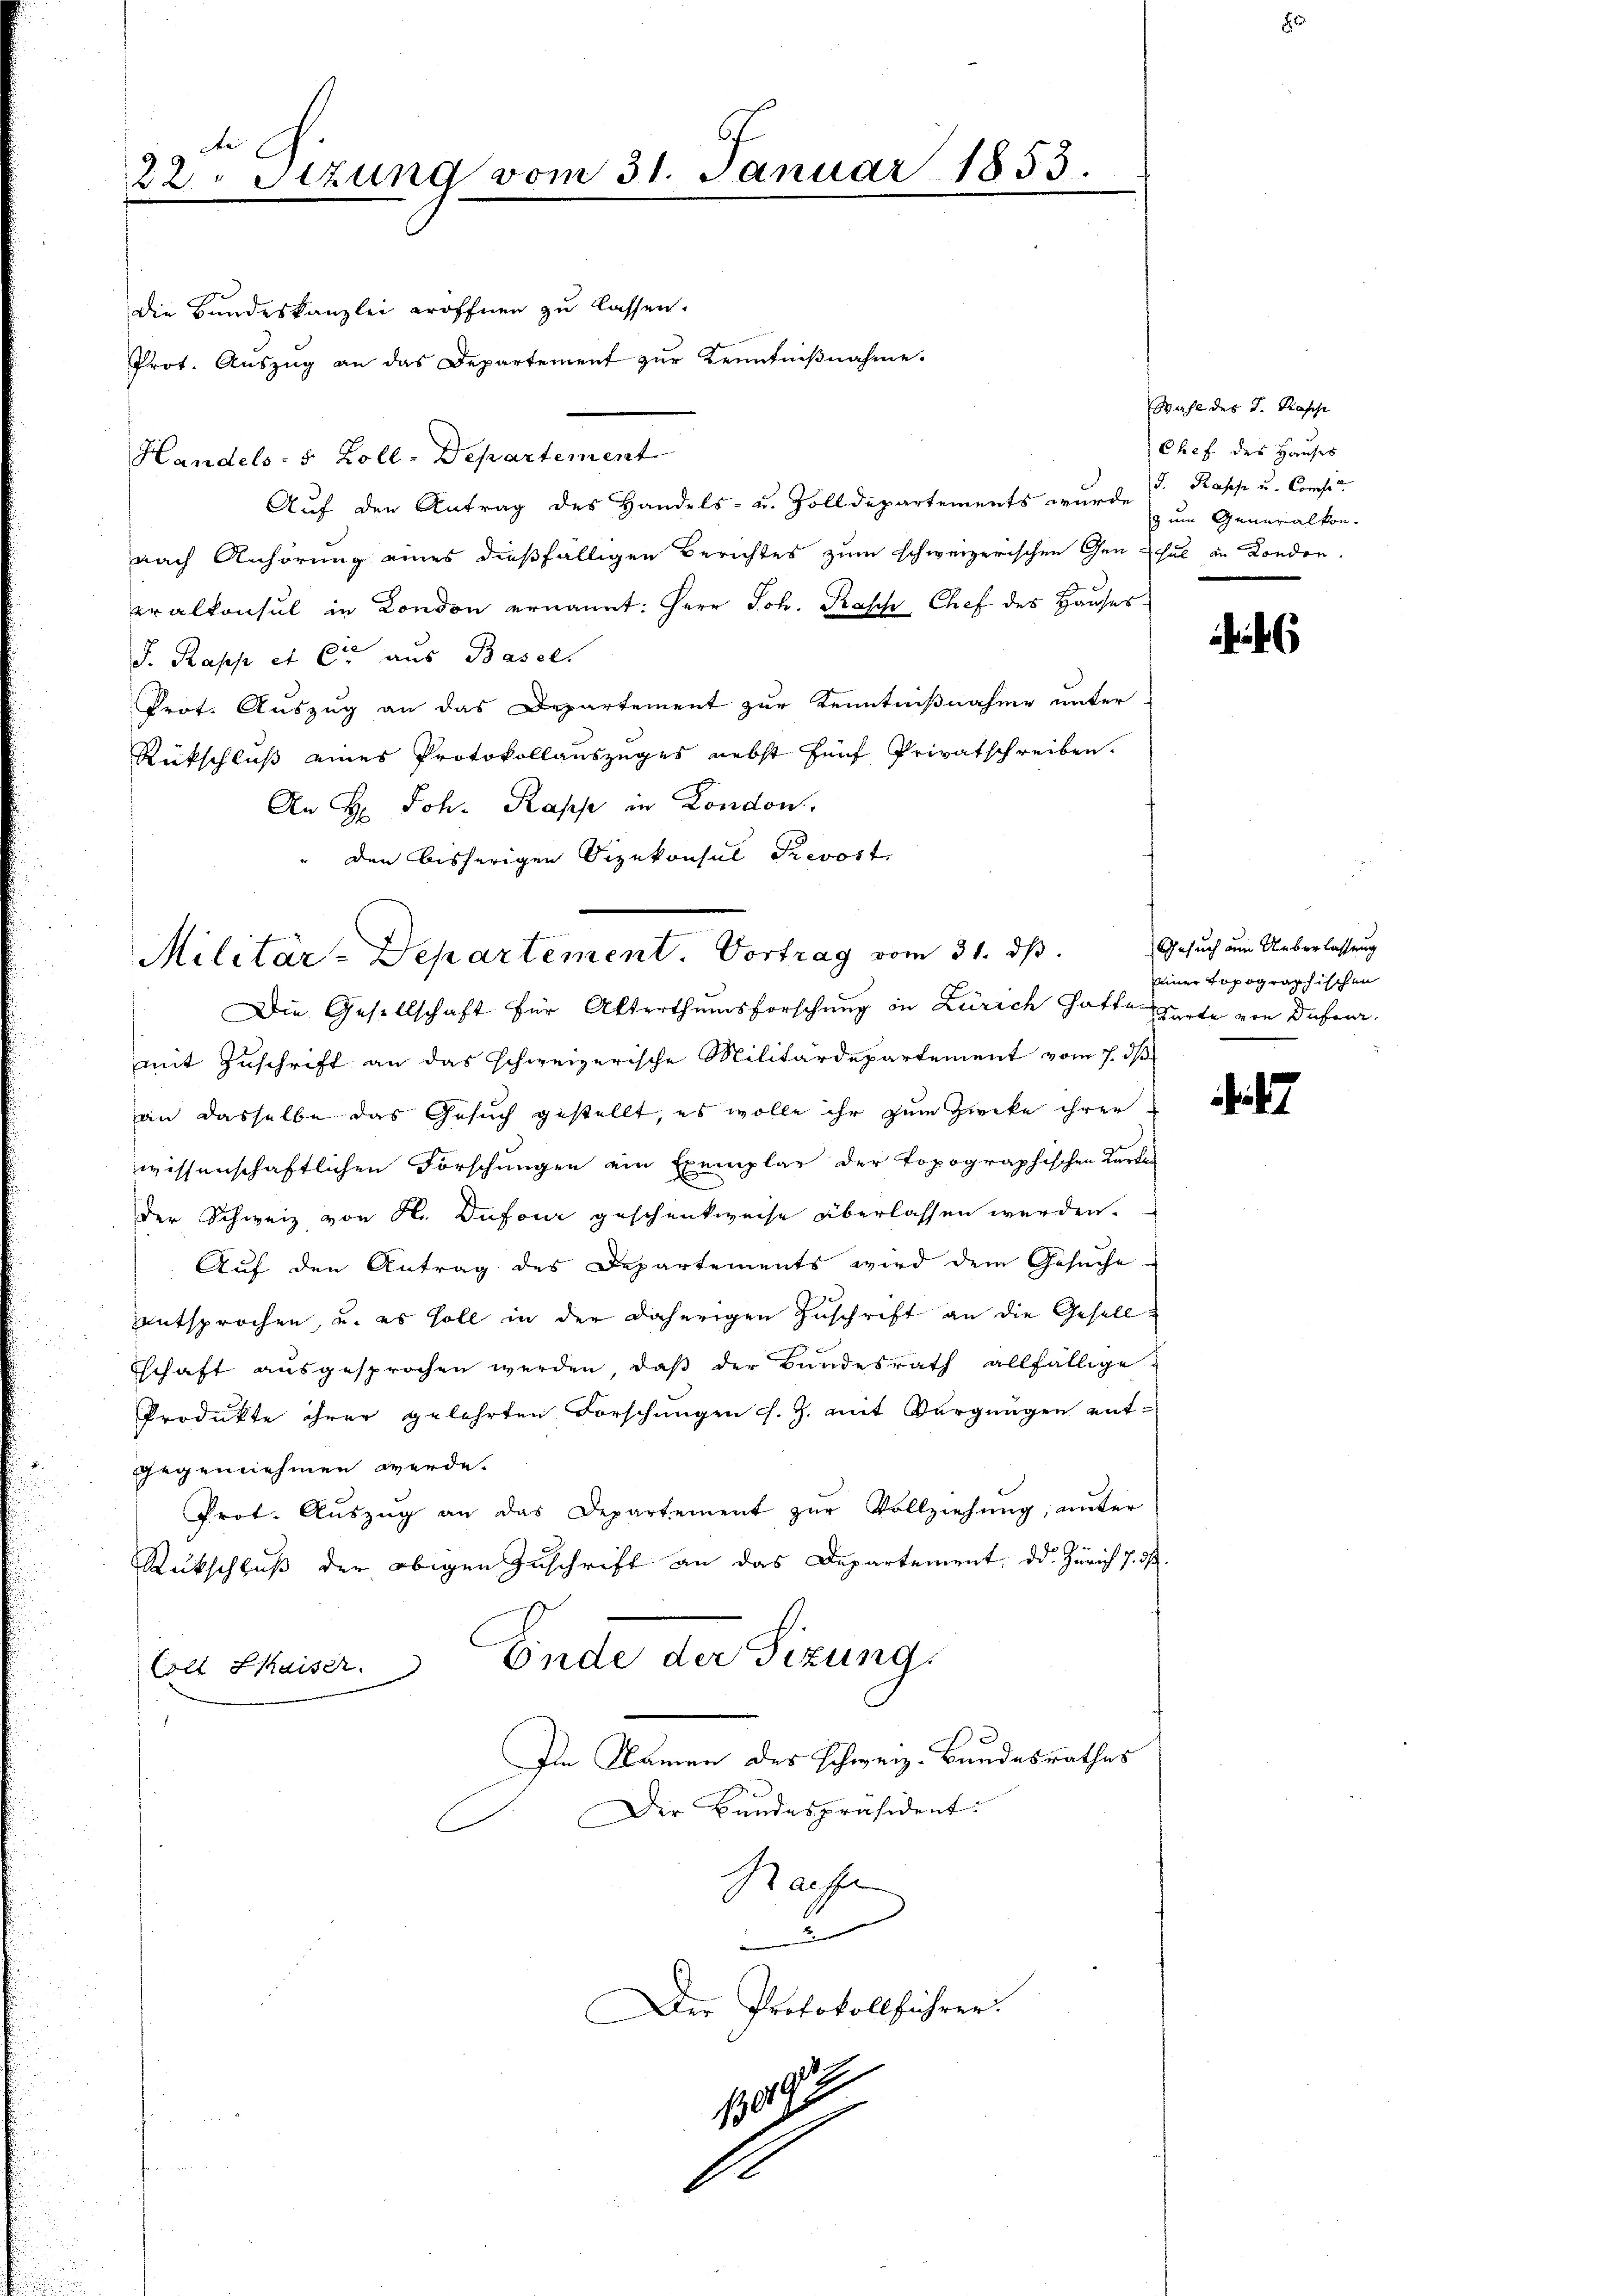
d G.
22 Stund vom 31. Januar 1853.

die Bundeskanzlei eröffnen zu lassen.
Prot. Aŭszŭg an das Departement zŭr Kenntniβnahme.
Handels- 5 Zoll-Departement
Aŭf den Antrag des Handels- u. Zolldepartements wurde Kopp u. Consis
nach Anhörung eines dießfälligen Berichtes zum schweizerischen Gen
eralkonsul in London ernannt: Herr Joh. Rasch Chef des Hauses
J. Raps et Ctr aus Basel
Prof. Auszug an das Departement zur Kenntnißnahme unter
Rückschluß eines Protokollauszuges nebst fünf Privatschreiben.
An H: Joh. Kasse in London.
den bisherigen Sizekonsul Prevost
Die Gesellschaft für Alterthumsforschung in Zürich hatte Garte von Defen,
mit Zuschrift an das schweizerische Militärdepartement vom 7. ds
an dasselbe das Gesuch gestellt, es wolle ihr zum Zweke ihren
wissenschaftlichen Forschungen ein Exemplar der topographischen Kartes
der Schweiz von H. Dufour geschenkweise überlassen werden.
Auf den Antrag des Departements wird dem Gesuche
entsprochen, u. es soll in der daherigen Zuschrift an die Gesell¬
Eschaft aŭsgesprochen werden, daβ der Bundesrath allfällige
Produkte ihrer gelehrten Forschungen s. Z. mit Vergnügen entgegennehmen werde.
Prot. Aŭszŭg an das Departement zŭr Vollziehŭng ŭnter
2
Rückschluß der obigen Zuschrift an das Departement, dd. Zürich 7. ds.
Ende der Sizung.
Coll Shaiser
Im Namen des Schweiz. Bandesrathes
Der Bundespräsident. |
Rachte
e
Der Protokollführer.
1919

Militär-Departement Vortrag vom 31. ds.

130.

Wahl des J. Kasche
Chef des Hauses
z um Generalkon-
hul in London.

Gesuch um Ueberlassung
einer topographischen

t